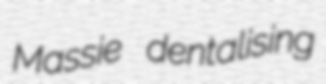
Massie dentalising